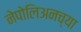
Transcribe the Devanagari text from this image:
नेपोलिअनच्या